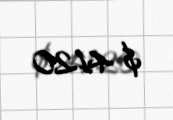
$ 4120